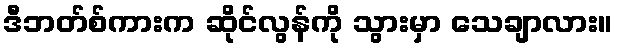
ဒီဘတ်စ်ကားက ဆိုင်လွန်ကို သွားမှာ သေချာလား။